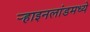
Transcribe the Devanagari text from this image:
र्‍हाइनलांडमध्ये